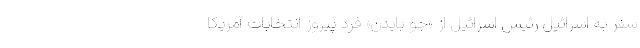
سفر به اسرائیل رئیس اسرائیل از «جو بایدن» فرد پیروز انتخابات آمریکا